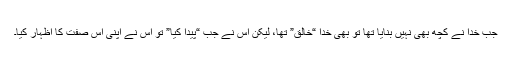
جب خدا نے کچھ بھی نہیں بنایا تھا تو بھی خدا “خالق” تھا، لیکن اس نے جب “پیدا کیا” تو اس نے اپنی اس صفت کا اظہار کیا۔